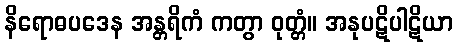
နိရောဓပဒေန အန္တရိကံ ကတွာ ဝုတ္တံ။ အနုပဋိပါဋိယာ